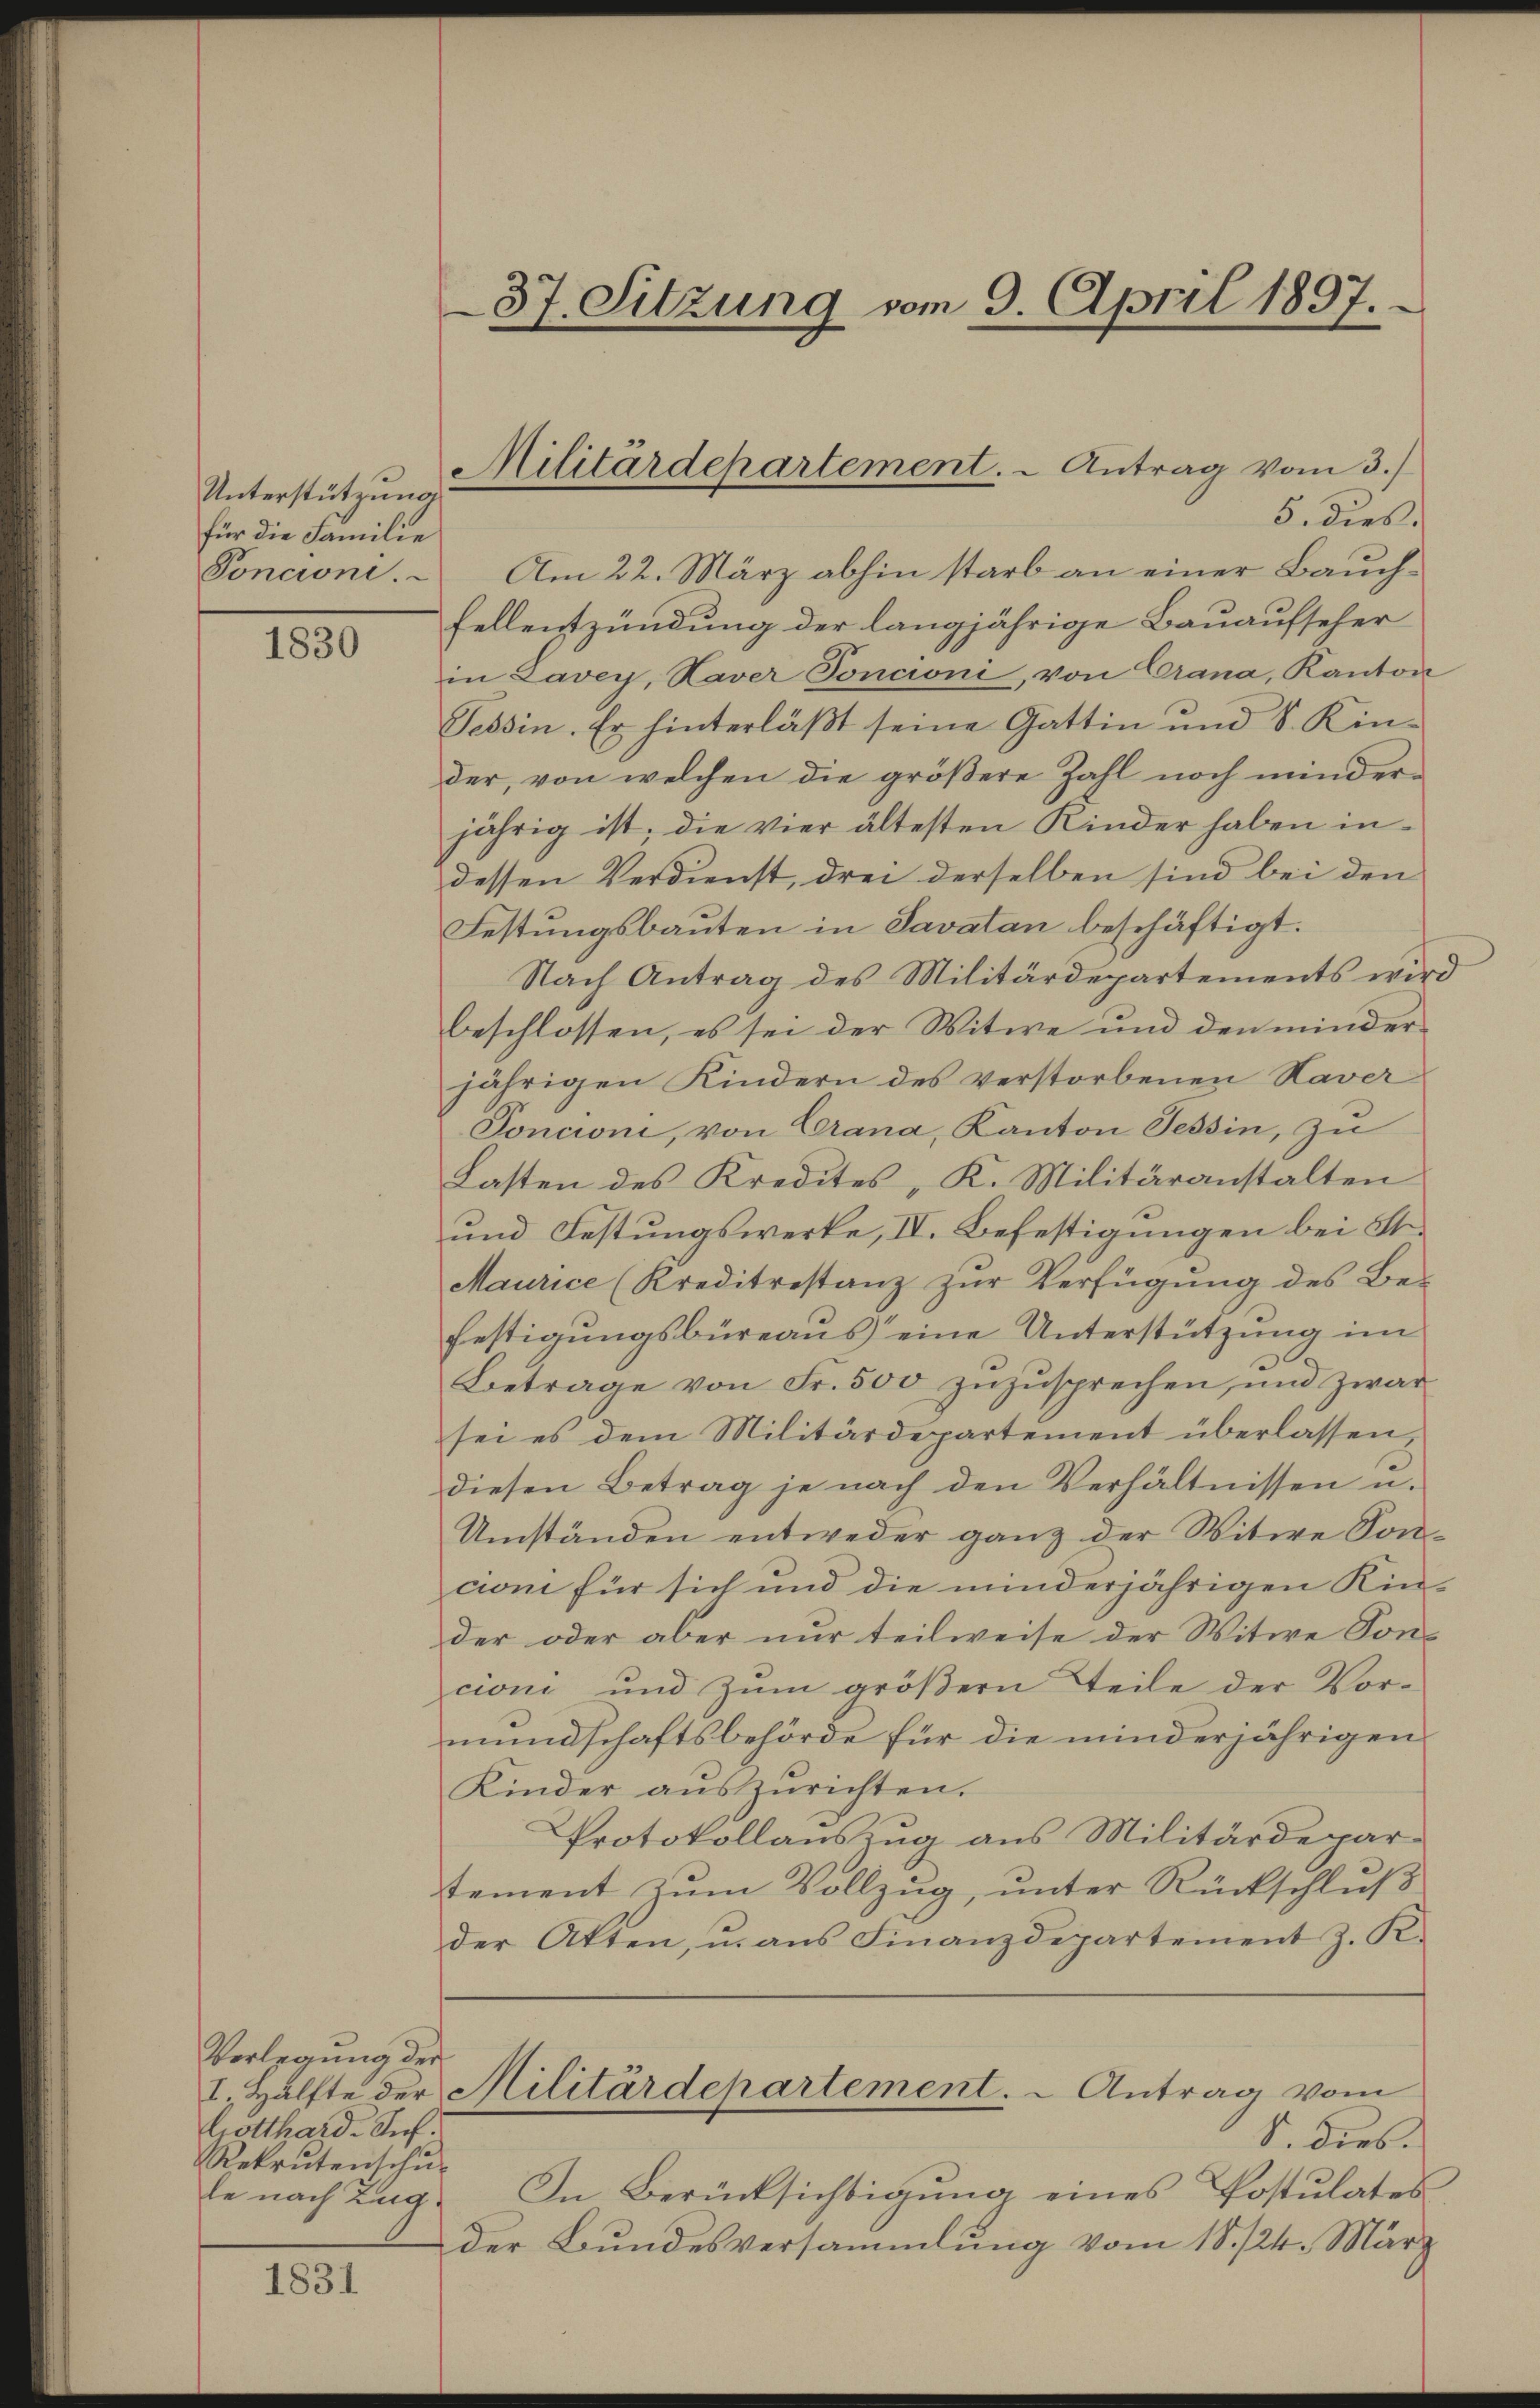
Unterstützung
für die Familie
Poncioni.

1830

Vorlegung der
Gotthard-Sief.
Rekrutenschŭ-

1831

f

37. Sitzung vom 9. April 1897.

Militärdepartement. - Antrag vom 3.

5. dies.
Am 22. März abhin starb an einer Bauch¬
Fellentzündung der langjährige Bauaufseher
in Lavey, Haver Toncioni, von Crana, Kanton
Tessin. Er hinterläßt seine Gattin und S. Kinder, von welchen die größere Zahl noch minder
jährig ist, die vier ältesten Kinder haben indessen Verdienst, drei derselben sind bei den
Festungsbauten in Savatan beschäftigt.
Nach Antrag des Militärdepartements wird
beschlossen, es sei der Witwe und den minderjährigen Kindern des verstorbenen Haver
Poncioni, von Crana, Kanton Tessin, zu
Lasten des Kredites, K. Militäranstalten
und Festungswerke, IV. Befestigungen bei St.
Maurice (Kreditrestanz zŭr Verfügŭng des Be-
festigungsbüreaus eine Unterstützung im
Betrage von Fr. 500 zŭzŭsprechen, und zwar
sei es dem Militärdepartement überlassen,
diesen Betrag je nach den Verhältnissen u.
Umständen entweder ganz der Witwe Soncion für sich und die minderjährigen Kin-
der oder aber nur teilweise der Witwe Soncioni und zŭm gröβern Teile der Vor-
mundschaftsbehörde für die minderjährigen
Kinder aŭszŭrichten.
Protokollauszug aus Militärdepartement zŭm Vollzug, unter Rückschluß
der Atten, u. aus Finanzdepartement z. K.
I. Hälfte der Militärdepartement. - Antrag vom
S. Dieb.
le nach Zug. In Berücksichtigung eines Postulates,
der Bundesversammlung vom 18. 124. März